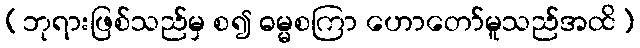
(ဘုရားဖြစ်သည်မှ စ၍ ဓမ္မစကြာ ဟောတော်မူသည်အထိ)